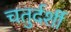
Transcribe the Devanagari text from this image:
चतुर्दर्शी